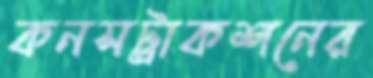
কনসট্রাকশনের